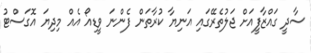
ސާދީ ގައްޒާފީއަށް ޖަލުތެރޭގައި އަނިޔާ ކުރާތަން ފެންނަ ވީޑިއޯ އެއް މިދިޔަ އޮގަސްޓު